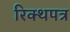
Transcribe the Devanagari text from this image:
रिक्थपत्र